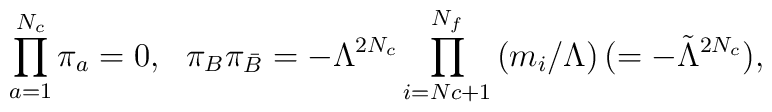
\prod_{a=1}^{N_c}\pi_a = 0, \ \ \pi_B\pi_{\bar B} = -\Lambda^{2N_c}\prod_{i=Nc+1}^{N_f}\left(m_i/\Lambda\right)(=-{\tilde \Lambda}^{2N_c}),